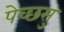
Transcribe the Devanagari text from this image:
पेच्छसु